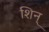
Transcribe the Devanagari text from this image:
शिन्‌